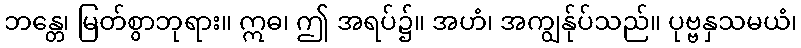
ဘန္တေ၊ မြတ်စွာဘုရား။ ဣဓ၊ ဤ အရပ်၌။ အဟံ၊ အကျွန်ုပ်သည်။ ပုဗ္ဗနှသမယံ၊